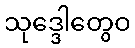
သုဒ္ဒေါတွေဝ